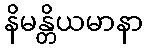
နိမန္တိယမာနာ